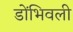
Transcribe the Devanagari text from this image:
डोंभिवली